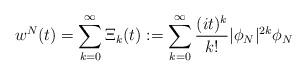
LaTeX: \begin{align*} w^N (t) = \sum_{k = 0}^\infty\Xi_k(t) := \sum_{k = 0}^\infty \frac{(it)^k}{k!} |\phi_N|^{2k} \phi_N\end{align*}